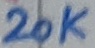
Text: 10K